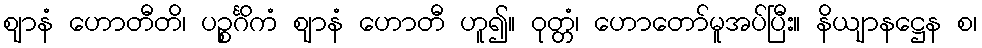
ဈာနံ ဟောတီတိ၊ ပဉ္စင်္ဂိကံ ဈာနံ ဟောတီ ဟူ၍။ ဝုတ္တံ၊ ဟောတော်မူအပ်ပြီး။ နိယျာနဋ္ဌေန စ၊